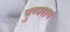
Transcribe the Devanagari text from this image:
पुष्परागं